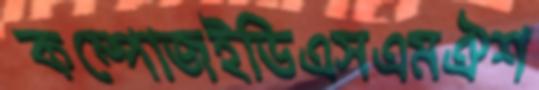
কম্পোজইডিএসএমঐশ